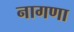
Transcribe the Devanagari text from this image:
नागणा